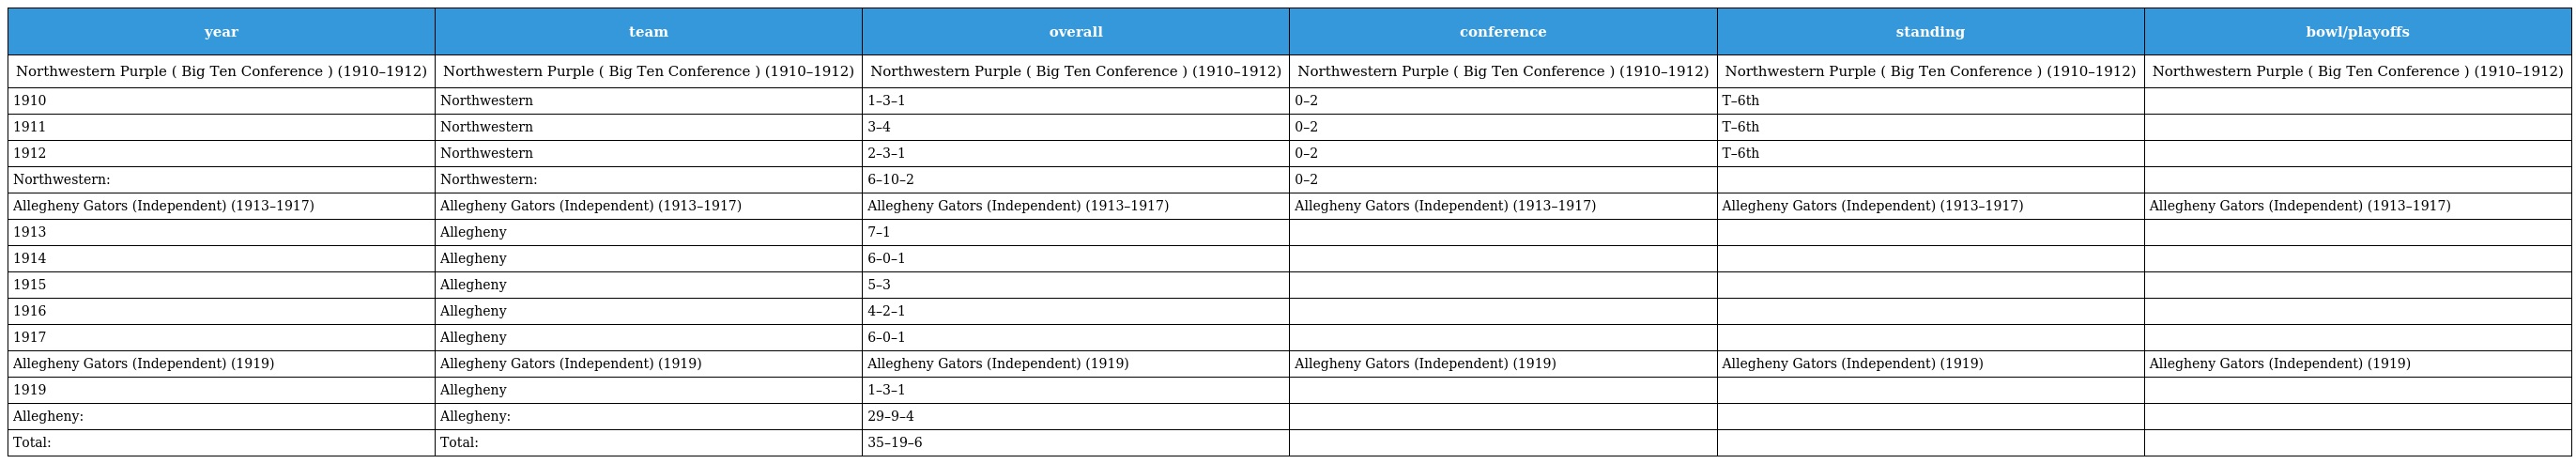
| year | team | overall | conference | standing | bowl/playoffs |
 | --- | --- | --- | --- | --- | --- |
 | Northwestern Purple ( Big Ten Conference ) (1910–1912) | Northwestern Purple ( Big Ten Conference ) (1910–1912) | Northwestern Purple ( Big Ten Conference ) (1910–1912) | Northwestern Purple ( Big Ten Conference ) (1910–1912) | Northwestern Purple ( Big Ten Conference ) (1910–1912) | Northwestern Purple ( Big Ten Conference ) (1910–1912) |
 | 1910 | Northwestern | 1–3–1 | 0–2 | T–6th |  |
 | 1911 | Northwestern | 3–4 | 0–2 | T–6th |  |
 | 1912 | Northwestern | 2–3–1 | 0–2 | T–6th |  |
 | Northwestern: | Northwestern: | 6–10–2 | 0–2 |  |  |
 | Allegheny Gators (Independent) (1913–1917) | Allegheny Gators (Independent) (1913–1917) | Allegheny Gators (Independent) (1913–1917) | Allegheny Gators (Independent) (1913–1917) | Allegheny Gators (Independent) (1913–1917) | Allegheny Gators (Independent) (1913–1917) |
 | 1913 | Allegheny | 7–1 |  |  |  |
 | 1914 | Allegheny | 6–0–1 |  |  |  |
 | 1915 | Allegheny | 5–3 |  |  |  |
 | 1916 | Allegheny | 4–2–1 |  |  |  |
 | 1917 | Allegheny | 6–0–1 |  |  |  |
 | Allegheny Gators (Independent) (1919) | Allegheny Gators (Independent) (1919) | Allegheny Gators (Independent) (1919) | Allegheny Gators (Independent) (1919) | Allegheny Gators (Independent) (1919) | Allegheny Gators (Independent) (1919) |
 | 1919 | Allegheny | 1–3–1 |  |  |  |
 | Allegheny: | Allegheny: | 29–9–4 |  |  |  |
 | Total: | Total: | 35–19–6 |  |  |  |